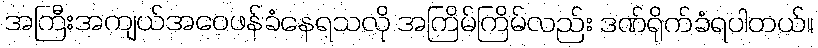
အကြီးအကျယ်အဝေဖန်ခံနေရသလို အကြိမ်ကြိမ်လည်း ဒဏ်ရိုက်ခံရပါတယ်။